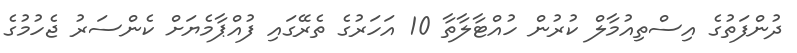
ދުންފަތުގެ އިސްތިއުމާލް ކުރުން ހުއްޓާލާތާ 10 އަހަރުގެ ތެރޭގައި ފުއްޕާމެޔަށް ކެންސަރު ޖެހުމުގެ